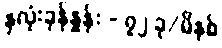
နှလုံးခုန်နှုန်း - ၇၂ ခု/မိနစ်